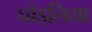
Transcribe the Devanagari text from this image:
घोड़लिया